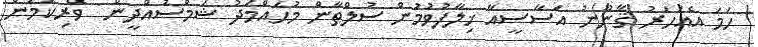
ހަމަ އެއަހަރު ޤާނޫނު އަސާސީއާ ޚިލާފުވުމުން ސުލްޠާން މުޙައްމަދު ޝަމްސުއްދީން  ވެރިކަމުން